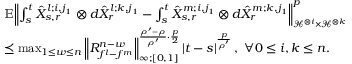
\begin{array} { r l } & { \mathbb { E } { \left\lVert { \int _ { s } ^ { t } \hat { X } _ { s , r } ^ { l ; i , j _ { 1 } } \otimes d \hat { X } _ { r } ^ { l ; k , j _ { 1 } } - \int _ { s } ^ { t } \hat { X } _ { s , r } ^ { m ; i , j _ { 1 } } \otimes d \hat { X } _ { r } ^ { m ; k , j _ { 1 } } } \right\rVert } _ { \mathcal { H } ^ { \otimes i } \times \mathcal { H } ^ { \otimes k } } ^ { p } } \\ & { \preceq \operatorname* { m a x } _ { 1 \leq w \leq n } { \left\lVert { R _ { f ^ { l } - f ^ { m } } ^ { n - w } } \right\rVert } _ { \infty ; [ 0 , 1 ] } ^ { \frac { \rho ^ { \prime } - \rho } { \rho ^ { \prime } } \cdot \frac { p } { 2 } } \left| t - s \right| ^ { \frac { p } { \rho ^ { \prime } } } , \ \forall 0 \leq i , k \leq n . } \end{array}